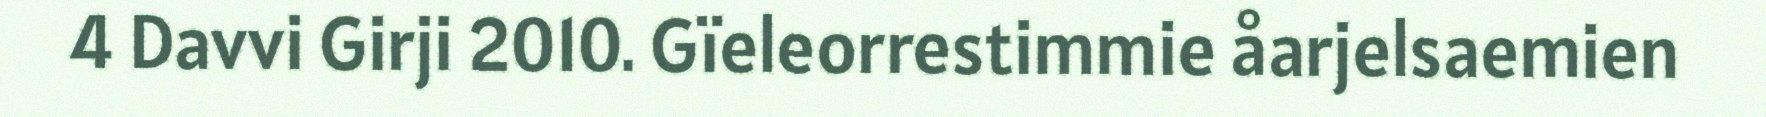
4 Davvi Girji 2010. Gïeleorrestimmie åarjelsaemien